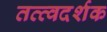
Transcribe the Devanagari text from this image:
तत्त्वदर्शक